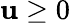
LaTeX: \mathbf{u}\geq0